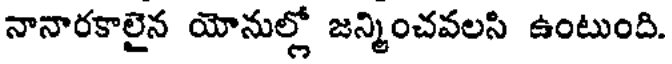
నానారకాలైన యోనుల్లో జన్మించవలసి ఉంటుంది.